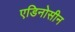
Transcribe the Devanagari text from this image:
एडिनोसीन